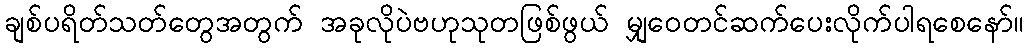
ချစ်ပရိတ်သတ်တွေအတွက် အခုလိုပဲဗဟုသုတဖြစ်ဖွယ် မျှဝေတင်ဆက်ပေးလိုက်ပါရစေနော်။